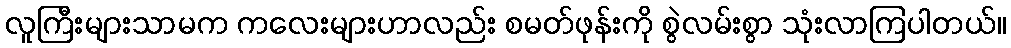
လူကြီးများသာမက ကလေးများဟာလည်း စမတ်ဖုန်းကို စွဲလမ်းစွာ သုံးလာကြပါတယ်။